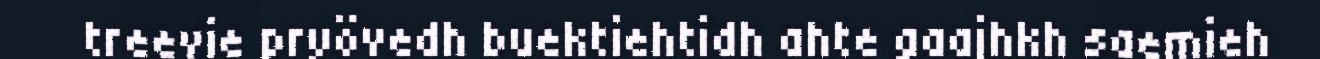
treevie pryövedh buektiehtidh ahte gaajhkh saemieh